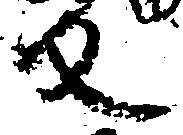
反